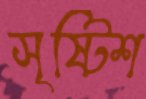
সৃষ্টিশ